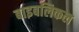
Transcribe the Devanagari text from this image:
बाइबलिकल